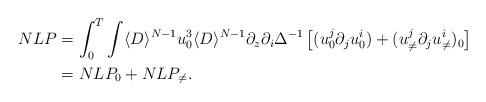
LaTeX: \begin{align*}NLP & = \int_0^T \int \langle D \rangle^{N-1} u_0^3 \langle D \rangle^{N-1} \partial_z \partial_i \Delta^{-1} \left[ (u^j_0 \partial_j u^i_0) + ( u^j_{\neq} \partial_j u^i_{\neq} )_0 \right] \\& = NLP_0 + NLP_{\neq}.\end{align*}